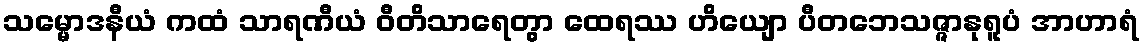
သမ္မောဒနီယံ ကထံ သာရဏီယံ ဝီတိသာရေတွာ ထေရဿ ဟိယျော ပီတဘေသဇ္ဇာနုရူပံ အာဟာရံ